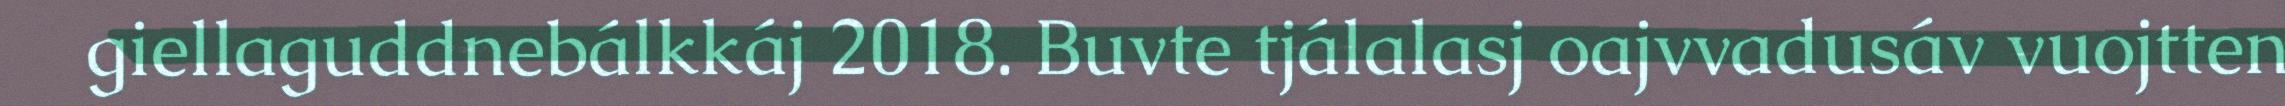
giellaguddnebálkkáj 2018. Buvte tjálalasj oajvvadusáv vuojtten